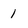
Character: 1